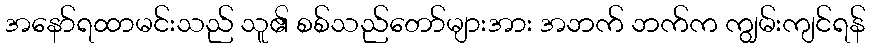
အနော်ရထာမင်းသည် သူ၏ စစ်သည်တော်များအား အဘက် ဘက်က ကျွမ်းကျင်ရန်